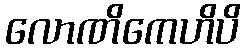
လောဏိကေဟိပိ